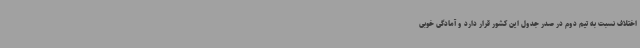
اختلاف نسبت به تیم دوم در صدر جدول این کشور قرار دارد و آمادگی خوبی